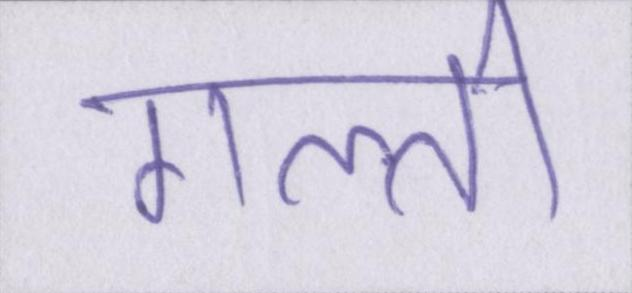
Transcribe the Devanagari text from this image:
गल्ती